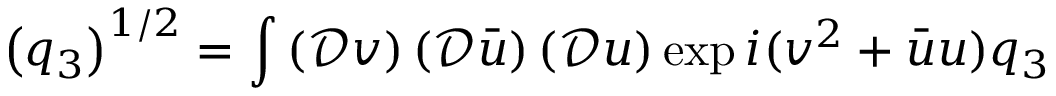
\left( q _ { 3 } \right) ^ { 1 / 2 } = \int \left( \mathcal { D } v \right) \left( \mathcal { D } \bar { u } \right) \left( \mathcal { D } u \right) \exp { i ( v ^ { 2 } + \bar { u } u ) q _ { 3 } }